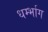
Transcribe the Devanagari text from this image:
धर्म्भाग